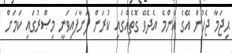
ޙިޖަމާ ޖެހުން އޭގެ އެންމެ އެދެވޭ ގޮތެއްގައި ކުރަން ފަށާފައިވަނީ މިޞްރުގައި ކަމަށް